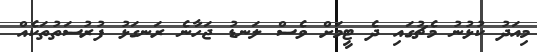
މިއަދު ކުޅުނު މެޗުގައި ދެ ޓީމަށް ވެސް ލަނޑު ޖަހާނެ ރަނގަޅު ފުރުސަތުތަކެއް